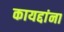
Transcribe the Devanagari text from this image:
कायद्दांना